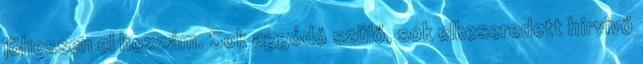
jöhessen el hozzám. Sok aggódó szülő, sok elkeseredett hírvivő